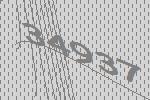
34937